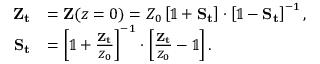
\begin{array} { r l } { \mathbf { Z _ { t } } } & { = \mathbf { Z } ( z = 0 ) = Z _ { 0 } \left[ \mathbb { 1 } + \mathbf { S _ { t } } \right] \cdot \left[ \mathbb { 1 } - \mathbf { S _ { t } } \right] ^ { - 1 } , } \\ { \mathbf { S _ { t } } } & { = \left[ \mathbb { 1 } + \frac { \mathbf { Z _ { t } } } { Z _ { 0 } } \right] ^ { - 1 } \cdot \left[ \frac { \mathbf { Z _ { t } } } { Z _ { 0 } } - \mathbb { 1 } \right] . } \end{array}